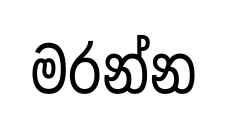
මරන්න